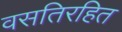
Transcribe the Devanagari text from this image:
वसतिरहित